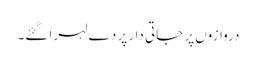
دروازوں پر جاتی دار پر دے لہرا گئے۔